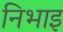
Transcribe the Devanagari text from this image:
निभाइ